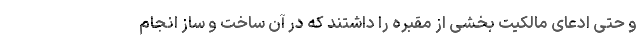
و حتی ادعای مالکیت بخشی از مقبره را داشتند که در آن ساخت و ساز انجام